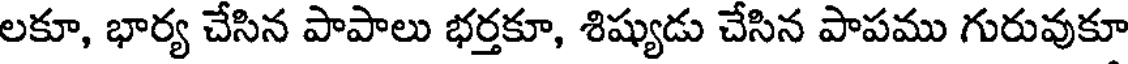
లకూ, భార్య చేసిన పాపాలు భర్తకూ, శిష్యుడు చేసిన పాపము గురువుకూ